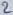
Text: 2